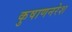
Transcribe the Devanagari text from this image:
कुषाणनरेश